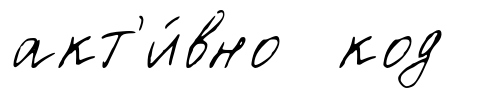
акт'и́вно код